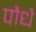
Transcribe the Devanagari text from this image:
पौधै